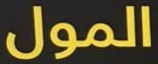
المول